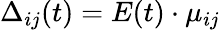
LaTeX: \Delta_{ij}(t)=E(t)\cdot{\mathbf\mu}_{ij}